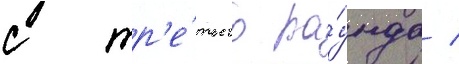
с тр'е́тьего ра́унда /